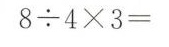
$$8 \div 4 \times 3 =$$